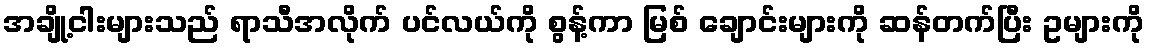
အချို့ငါးများသည် ရာသီအလိုက် ပင်လယ်ကို စွန့်ကာ မြစ် ချောင်းများကို ဆန်တက်ပြီး ဥများကို